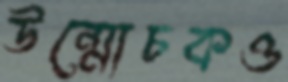
উন্মোচকও